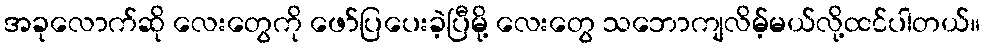
အခုလောက်ဆို လေးတွေကို ဖော်ပြပေးခဲ့ပြီမို့ လေးတွေ သဘောကျလိမ့်မယ်လို့ထင်ပါတယ်။